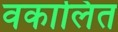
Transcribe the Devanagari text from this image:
वकालित